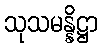
သုသမန္နိဋ္ဌာ